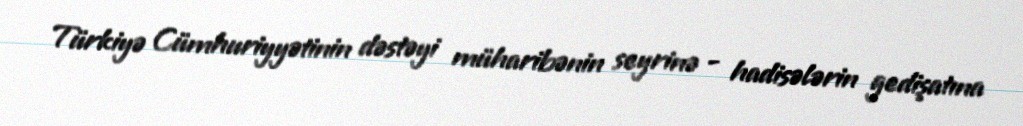
Türkiyə Cümhuriyyətinin dəstəyi müharibənin seyrinə - hadisələrin gedişatına